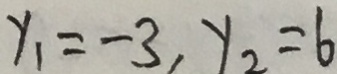
y _ { 1 } = - 3 , y _ { 2 } = 6